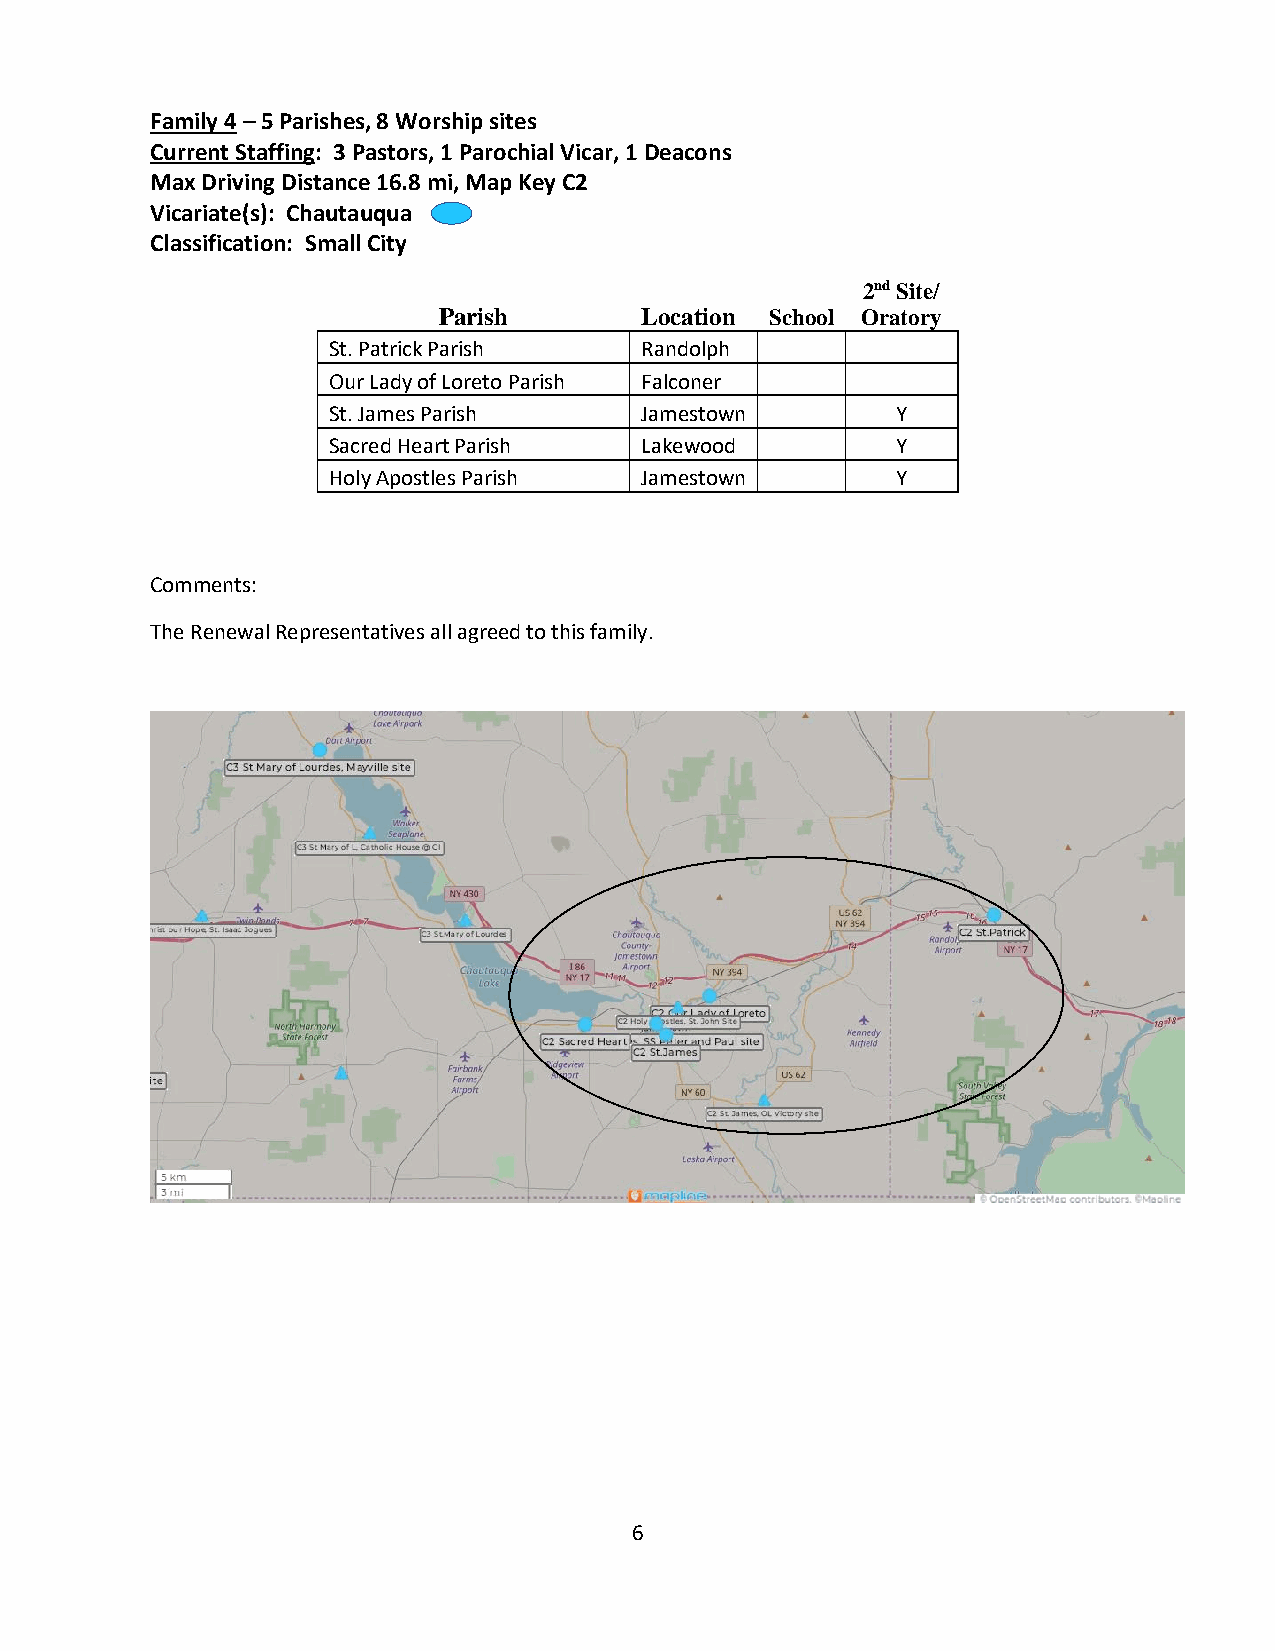
Family 4 – 5 Parishes, 8 Worship sites
 Current Staffing: 3 Pastors, 1 Parochial Vicar, 1 Deacons
 Max Driving Distance 16.8 mi, Map Key C2
 Vicariate(s): Chautauqua
 Classification: Small City
 2nd Site/
 Parish       Location School Oratory
 St. Patrick Parish  Randolph
 Our Lady of Loreto Parish Falconer
 St. James Parish    Jamestown        Y
 Sacred Heart Parish Lakewood         Y
 Holy Apostles Parish Jamestown       Y
 Comments:
 The Renewal Representatives all agreed to this family.
 6